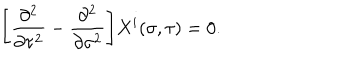
LaTeX: \Biggl [ \frac { \partial ^ { 2 } } { \partial \tau ^ { 2 } } - \frac { \partial ^ { 2 } } { \partial \sigma ^ { 2 } } \Biggr ] X ^ { i } ( \sigma , \tau ) = 0 .